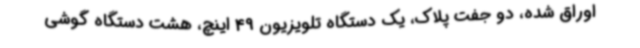
اوراق شده، دو جفت پلاک، یک دستگاه تلویزیون 49 اینچ، هشت دستگاه گوشی